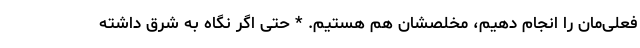
فعلی‌مان را انجام دهیم، مخلصشان هم هستیم. * حتی اگر‌ نگاه به شرق داشته